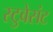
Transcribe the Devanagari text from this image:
स्टुवेसंट